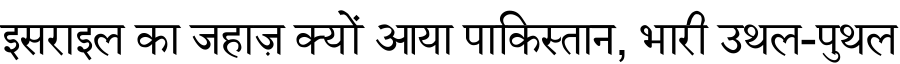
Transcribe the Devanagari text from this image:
इसराइल का जहाज़ क्यों आया पाकिस्तान, भारी उथल-पुथल